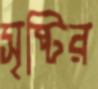
সৃষ্টির